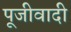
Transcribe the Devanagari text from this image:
पूजीवादी